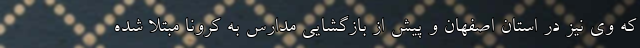
که وی نیز در استان اصفهان و پیش از بازگشایی مدارس به کرونا مبتلا شده